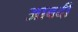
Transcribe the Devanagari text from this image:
आबदी